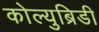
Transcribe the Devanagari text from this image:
कोल्युब्रिडी